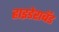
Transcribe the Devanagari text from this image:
हाइडेराबॅड